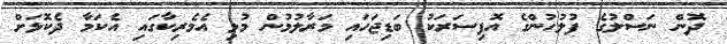
ދޮން ނަސްލުގެ ފުލުހުންގެ އޮފިސަރަކު ބަޑިޖަހައި މަރާލުމުން މުޅި އެމެރިކާގައި އެކަމާ ދެކޮޅަށް